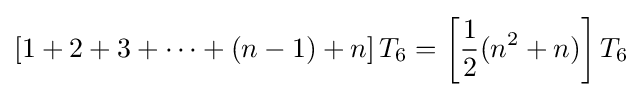
\left[1+2+3+\cdots +(n-1)+n\right]T_{6}=\left[{\frac {1}{2}}(n^{2}+n)\right]T_{6}